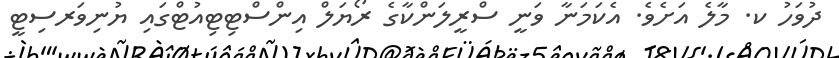
ދުވަހު ކ. މާލެ އަށެވެ. އެކަމަނާ ވަނީ ސްރީލަންކާގެ ރޯޔަލް އިންސްޓިޓިއުޓްގައި ޔުނިވަރސިޓީ